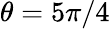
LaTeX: \theta=5\pi/4